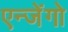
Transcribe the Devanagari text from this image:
एन्जेंगो